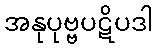
အနုပုဗ္ဗပဋိပဒါ